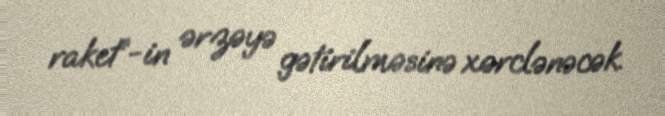
raket”-in ərzəyə gətirilməsinə xərclənəcək.